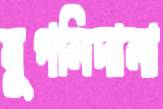
ঘুগনিদানা